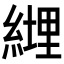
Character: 𦄆